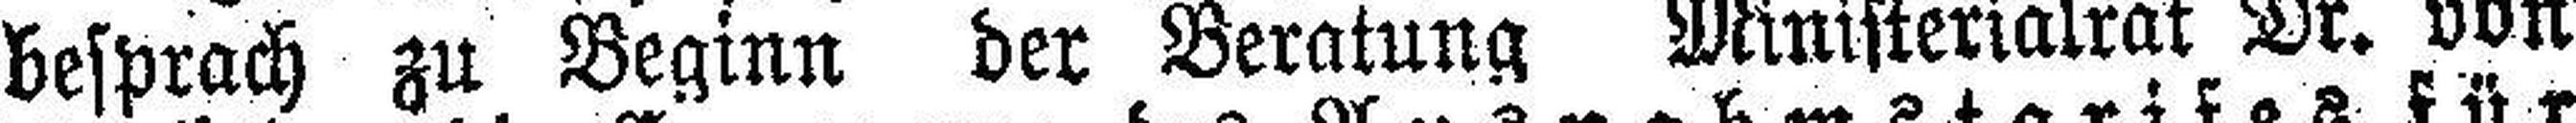
besprach zu Beginn der Beratung Ministerialrat Dr. von